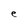
Character: e